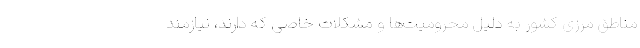
مناطق مرزی کشور به دلیل محرومیت‌ها و مشکلات خاصی که دارند، نیازمند